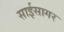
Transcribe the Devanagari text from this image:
साईसागर